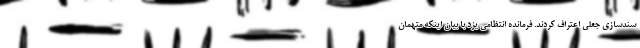
سندسازی جعلی اعتراف کردند. فرمانده انتظامی یزد با بیان اینکه متهمان